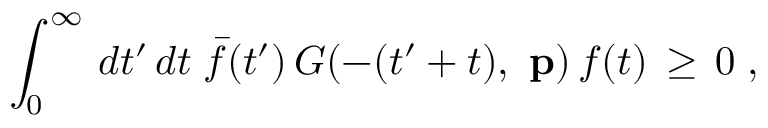
\int _ { 0 } ^ { \infty } \, d t ^ { \prime } \, d t \; \bar { f } ( t ^ { \prime } ) \, G ( - ( t ^ { \prime } + t ) , \mathrm { \bf ~ p } ) \, f ( t ) \, \ge \, 0 \; ,